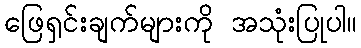
ဖြေရှင်းချက်များကို အသုံးပြုပါ။